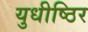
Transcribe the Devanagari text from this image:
युधीष्ठिर